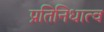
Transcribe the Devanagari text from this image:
प्रतिनिधात्व